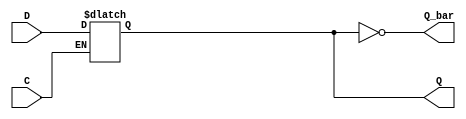
module AsyncRegister (
    input wire D,         // Data input
    input wire C,         // Control signal (active high)
    output reg Q,         // Data output
    output wire Q_bar     // Complement output
);

    // Invert the data output for the complement output
    assign Q_bar = ~Q;

    // Always block to implement asynchronous behavior
    always @(*) begin
        if (C) begin
            Q <= D;      // Capture data when control signal is asserted
        end
        // If C is not asserted, Q retains its current value.
    end

endmodule